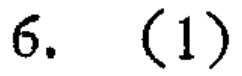
6. (1)